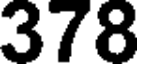
378